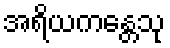
အရိယကန္တေသု